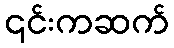
၎င်းကဆက်